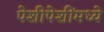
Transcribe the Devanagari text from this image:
पेशीपेशींमध्ये